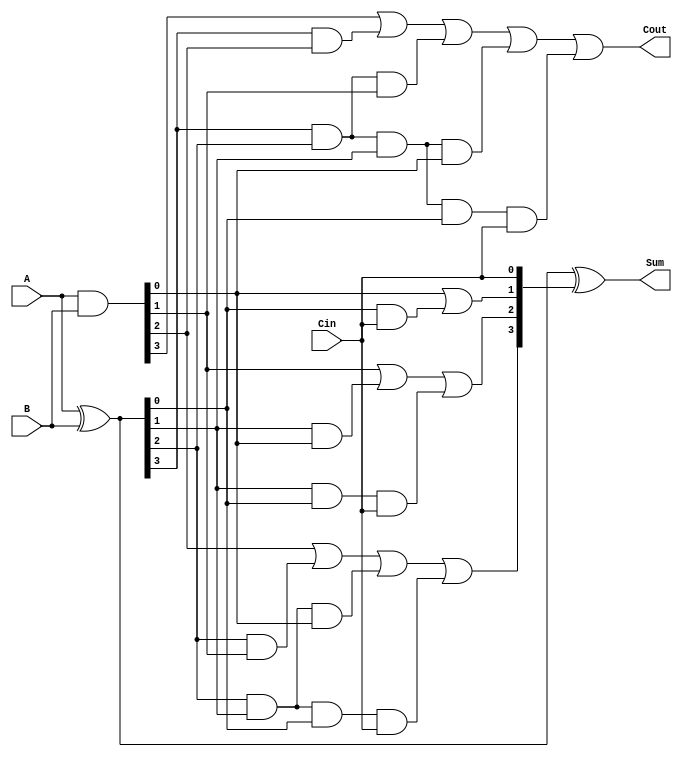
module RCLA #(parameter n = 4) (
    input  [n-1:0] A,
    input  [n-1:0] B,
    input          Cin,
    output [n-1:0] Sum,
    output         Cout
);

    // Generate and Propagate signals
    wire [n-1:0] G; // Generate
    wire [n-1:0] P; // Propagate
    wire [n:0]   C; // Carry signals

    // Generate and Propagate logic
    assign G = A & B;         // G[i] = A[i] & B[i]
    assign P = A ^ B;         // P[i] = A[i] ^ B[i]

    // Carry signals calculation
    assign C[0] = Cin; // C[0] = Cin
    genvar i;
    generate
        for (i = 0; i < n; i = i + 1) begin : carry_gen
            if (i == 0) begin
                assign C[1] = G[0] | (P[0] & Cin); // C[1] = G[0] | (P[0] & Cin)
            end else if (i == 1) begin
                assign C[2] = G[1] | (P[1] & G[0]) | (P[1] & P[0] & Cin); // C[2]
            end else if (i == 2) begin
                assign C[3] = G[2] | (P[2] & G[1]) | (P[2] & P[1] & G[0]) | (P[2] & P[1] & P[0] & Cin); // C[3]
            end else if (i == 3) begin
                assign C[4] = G[3] | (P[3] & G[2]) | (P[3] & P[2] & G[1]) | (P[3] & P[2] & P[1] & G[0]) | (P[3] & P[2] & P[1] & P[0] & Cin); // C[4]
            end
        end
    endgenerate

    // Sum calculation
    assign Sum = P ^ C[n-1:0]; // Sum[i] = P[i] ^ C[i]

    // Carry-out
    assign Cout = C[n]; // Cout = C[n]

endmodule